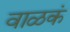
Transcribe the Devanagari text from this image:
वाळकं